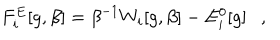
LaTeX: F _ { i } ^ { E } [ g , \beta ] = \beta ^ { - 1 } W _ { i } [ g , \beta ] - E _ { i } ^ { 0 } [ g ] ,